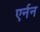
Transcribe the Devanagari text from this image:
एर्नन